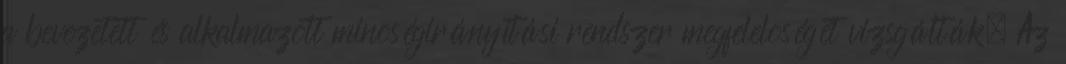
a bevezetett és alkalmazott minõségirányítási rendszer megfelelõségét vizsgálták. Az